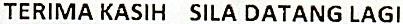
TERIMA KASIH SILA DATANG LAGI